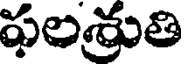
ఫలశ్రుతి